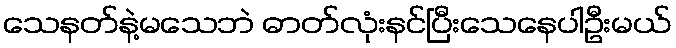
သေနတ်နဲ့မသေဘဲ ဓာတ်လုံးနင်ပြီးသေနေပါဦးမယ်